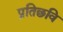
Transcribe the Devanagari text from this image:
प्रतिछवि